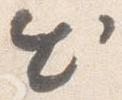
出